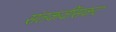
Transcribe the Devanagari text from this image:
संतकवींसकट